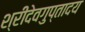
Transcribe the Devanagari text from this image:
श्रीदेवगुप्तादय